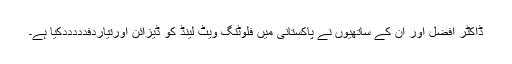
ڈاکٹر افضل اور ان کے ساتھیوں نے پاکستانی میں فلوٹنگ ویٹ لینڈ کو ڈیزائن اورتیاردفدددددکیا ہے۔